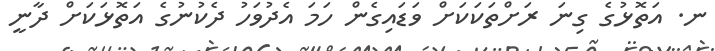
ނ. އަތޮޅުގެ ގިނަ ރަށްތަކަކަށް ވަޑައިގެން ހަމަ އެދުވަހު ދެކުނުގެ އަތޮޅަކަށް ދާނީ